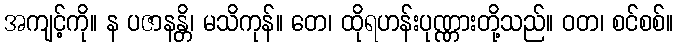
အကျင့်ကို။ န ပဇာနန္တိ၊ မသိကုန်။ တေ၊ ထိုရဟန်းပုဏ္ဏားတို့သည်။ ဝတ၊ စင်စစ်။